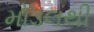
મોડલથી